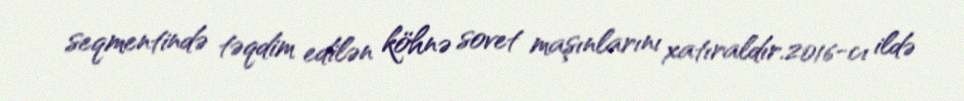
seqmentində təqdim edilən köhnə sovet maşınlarını xatıraldır.2016-cı ildə